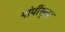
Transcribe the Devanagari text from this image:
गांधींसुद्धा